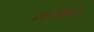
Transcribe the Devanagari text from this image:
ज़गेलो